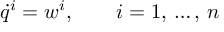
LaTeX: \displaystyle { \dot { q } } ^ { i } = w ^ { i } , \qquad i = 1 , \, \ldots , \, n